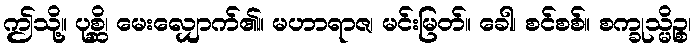
ဤသို့။ ပုစ္ဆိ၊ မေးလျှောက်၏။ မဟာရာဇ၊ မင်းမြတ်။ ခေါ၊ စင်စစ်။ စက္ခုသ္မိဉ္စ၊